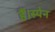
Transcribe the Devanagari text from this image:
हैं।स्पेन